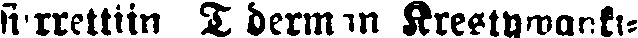
siirrettiin T derman Krestywanki-